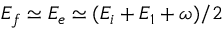
E _ { f } \simeq E _ { e } \simeq ( E _ { i } + E _ { 1 } + \omega ) / 2